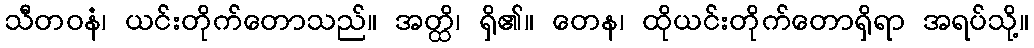
သီတဝနံ၊ ယင်းတိုက်တောသည်။ အတ္ထိ၊ ရှိ၏။ တေန၊ ထိုယင်းတိုက်တောရှိရာ အရပ်သို့။